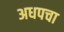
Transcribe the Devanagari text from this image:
अधपचा